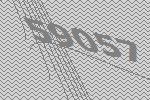
59057